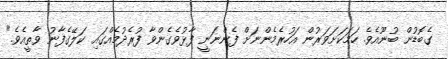
ގެބޮޑުން ބުނޫއެވެ. ހަމަކަށަވަރުން އަހުރެމެންނަށް ފެންނަނީ ފާޅުވެގެންވާ ފުރެދުމެއްގައި ކަލޭގެފާނު ވާތީއެވެ."